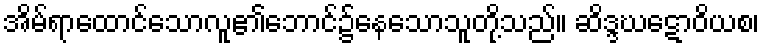
အိမ်ရာထောင်သောလူ၏ဘောင်၌နေသောသူတို့သည်။ ဆိဒ္ဒဃဋောဝိယစ၊